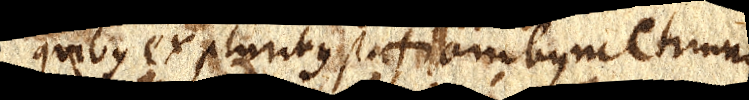
quibus ex pluribus stationibus metimur